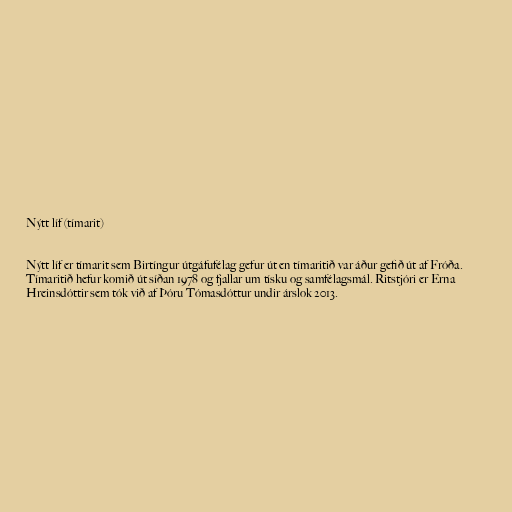
Nýtt líf (tímarit)

Nýtt líf er tímarit sem Birtíngur útgáfufélag gefur út en tímaritið var áður gefið út af Fróða.
Tímaritið hefur komið út síðan 1978 og fjallar um tísku og samfélagsmál. Ritstjóri er Erna
Hreinsdóttir sem tók við af Þóru Tómasdóttur undir árslok 2013.